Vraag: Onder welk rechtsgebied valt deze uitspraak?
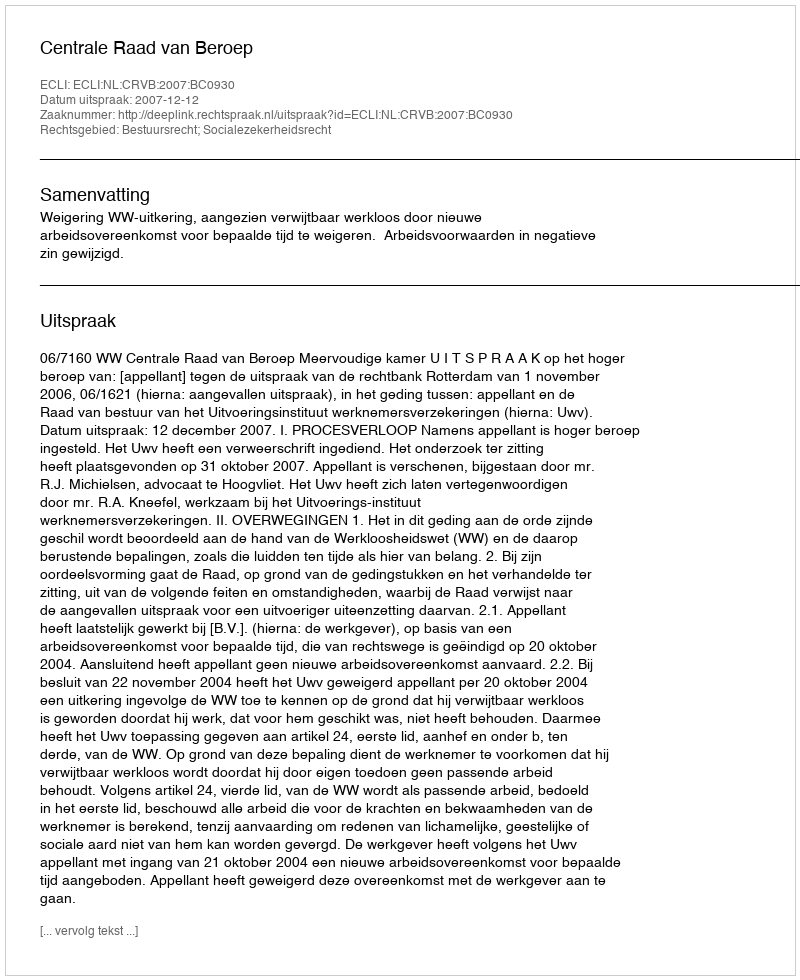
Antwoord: Bestuursrecht; Socialezekerheidsrecht